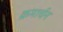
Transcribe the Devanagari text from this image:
क्रमार्चन